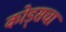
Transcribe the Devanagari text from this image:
कोड्सचा